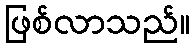
ဖြစ်လာသည်။